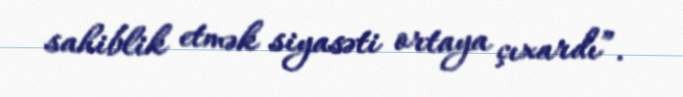
sahiblik etmək siyasəti ortaya çıxardı”.